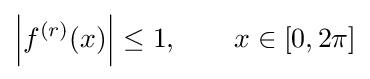
\left|f^{(r)}(x)\right|\leq 1,\qquad x\in [0,2\pi ]